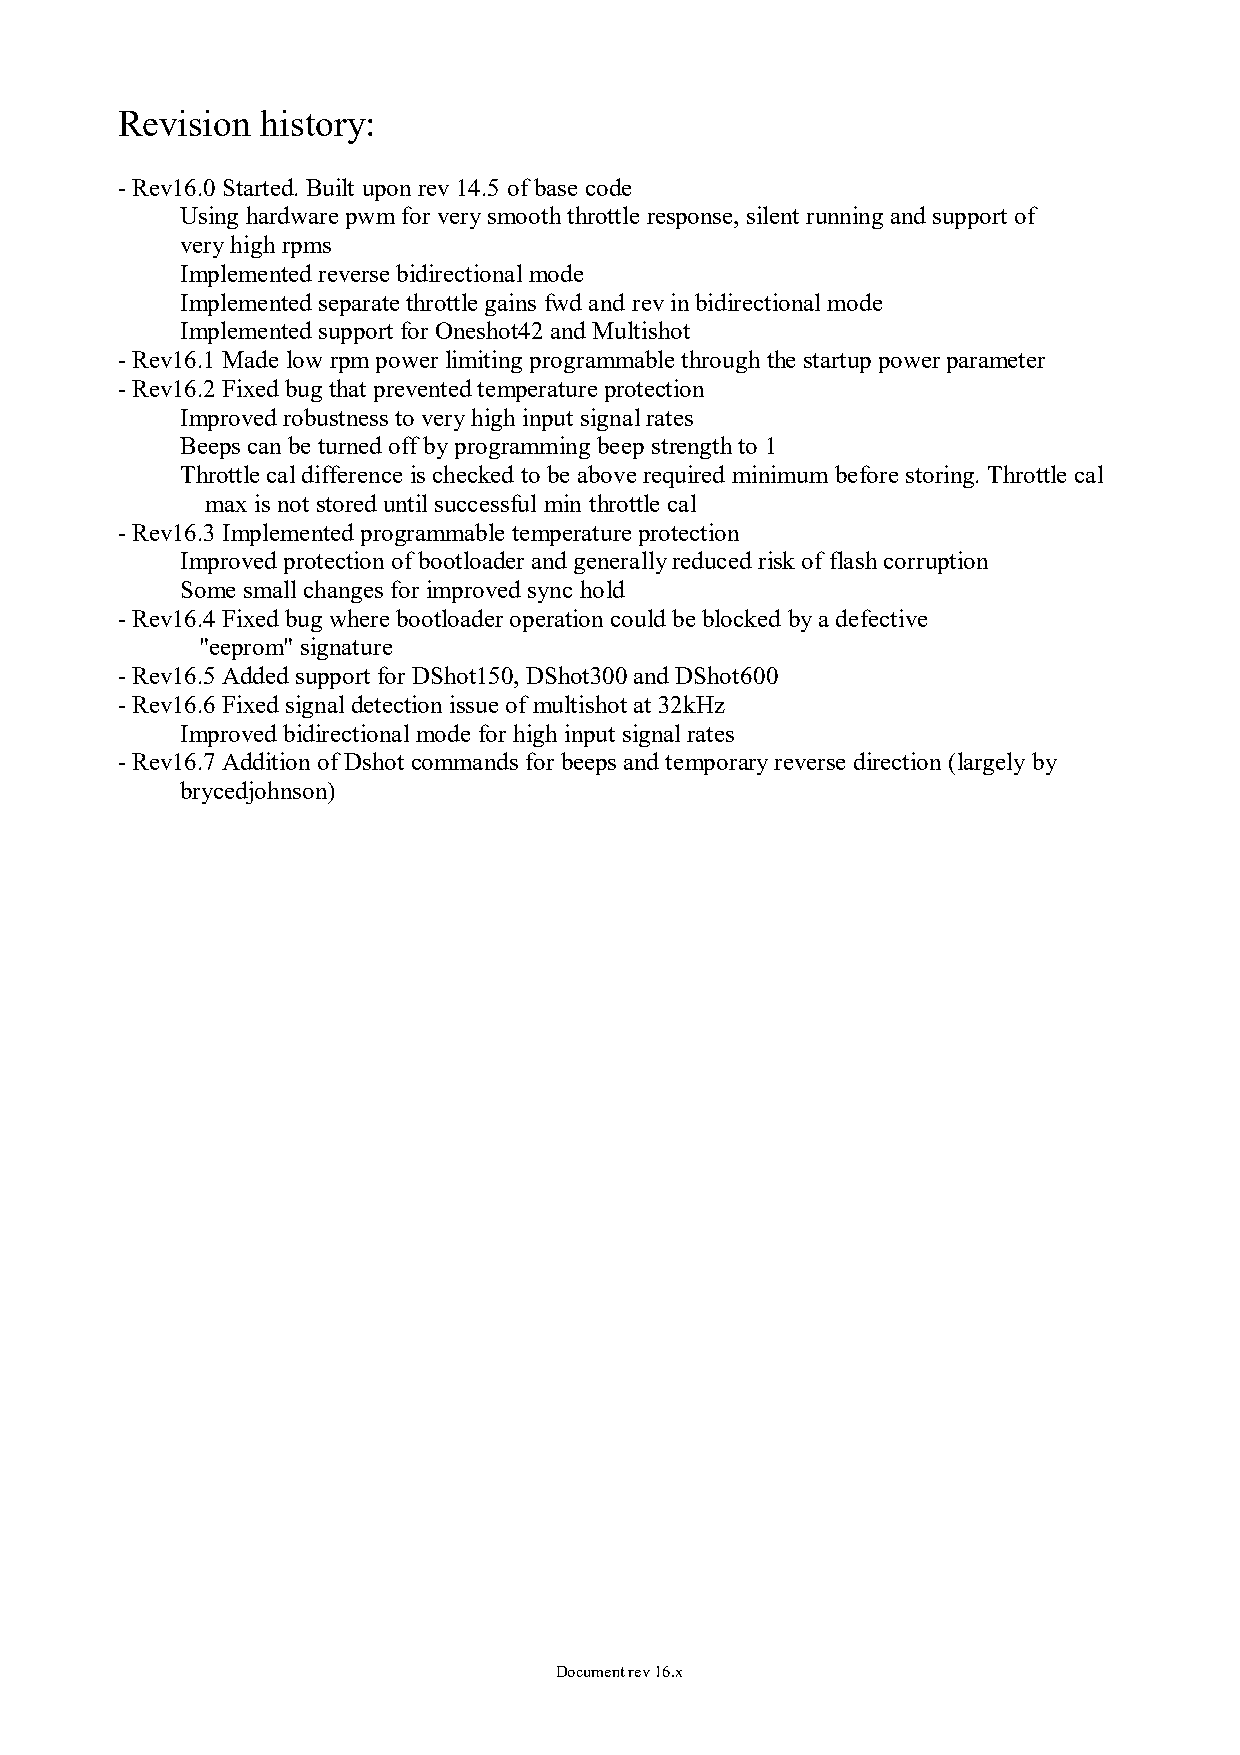
Revision history:
 - Rev16.0 Started. Built upon rev 14.5 of base code
 Using hardware pwm for very smooth throttle response, silent running and support of
 very high rpms
 Implemented reverse bidirectional mode
 Implemented separate throttle gains fwd and rev in bidirectional mode
 Implemented support for Oneshot42 and Multishot
 - Rev16.1 Made low rpm power limiting programmable through the startup power parameter
 - Rev16.2 Fixed bug that prevented temperature protection
 Improved robustness to very high input signal rates
 Beeps can be turned off by programming beep strength to 1
 Throttle cal difference is checked to be above required minimum before storing. Throttle cal
 max is not stored until successful min throttle cal
 - Rev16.3 Implemented programmable temperature protection
 Improved protection of bootloader and generally reduced risk of flash corruption
 Some small changes for improved sync hold
 - Rev16.4 Fixed bug where bootloader operation could be blocked by a defective
 "eeprom" signature
 - Rev16.5 Added support for DShot150, DShot300 and DShot600
 - Rev16.6 Fixed signal detection issue of multishot at 32kHz
 Improved bidirectional mode for high input signal rates
 - Rev16.7 Addition of Dshot commands for beeps and temporary reverse direction (largely by
 brycedjohnson)
 Document rev 16.x